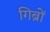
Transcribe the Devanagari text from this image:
गिब्रों